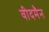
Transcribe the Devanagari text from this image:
वीदमैन